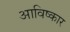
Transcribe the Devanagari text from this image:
आविष्‍कार